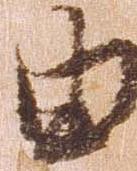
由